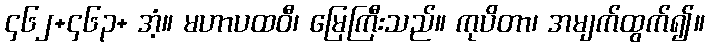
၄၆၂+၄၆၃+ အံ့။ မဟာပထဝီ၊ မြေကြီးသည်။ ကုပိတာ၊ အမျက်ထွက်၍။